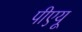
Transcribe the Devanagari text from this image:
पीएयू